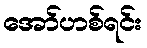
အော်ဟစ်ရင်း